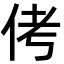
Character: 侤